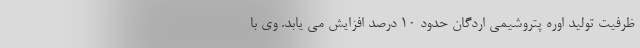
ظرفیت تولید اوره پتروشیمی اردگان حدود 10 درصد افزایش می یابد. وی با